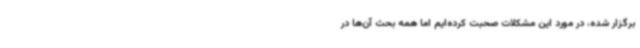
برگزار شده، در مورد این مشکلات صحبت کرده‌ایم اما همه بحث آن‌ها در